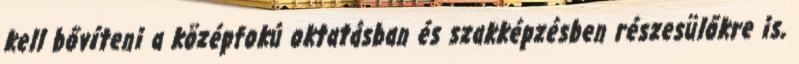
kell bővíteni a középfokú oktatásban és szakképzésben részesülőkre is,